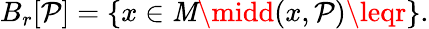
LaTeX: B_{r}[\mathcal{P}]=\{ x\in\mathit{M}\midd(x,\mathcal{P})\leqr\} .